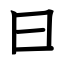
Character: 曰